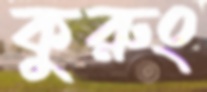
কুরুং